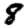
Digit: 8